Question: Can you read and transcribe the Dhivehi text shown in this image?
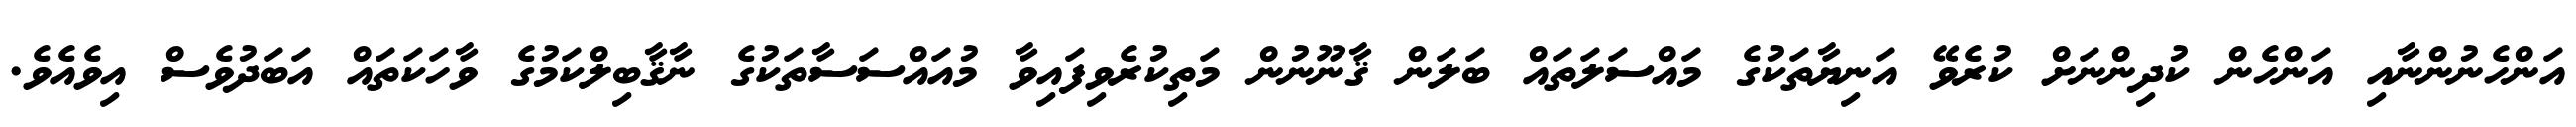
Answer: އަންހެނުންނާއި އަންހެން ކުދިންނަށް ކުރެވޭ އަނިޔާތަކުގެ މައްސަލަތައް ބަލަން ޤާނޫނުން މަތިކުރެވިފައިވާ މުއައްސަސާތަކުގެ ނާޤާބިލްކަމުގެ ވާހަކަތައް އަބަދުވެސް އިވެއެވެ.